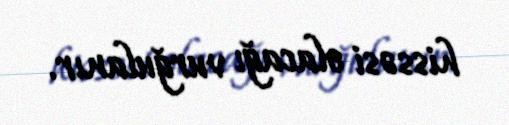
hissəsi olacağı vurğulanır.